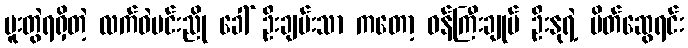
ပူးတွဲရရှိတဲ့ လက်ဝဲမင်းညို ခေါ် ဦးချမ်းသာ ကတော့ ဝန်ကြီးချုပ် ဦးနုရဲ့ မိတ်ဆွေရင်း